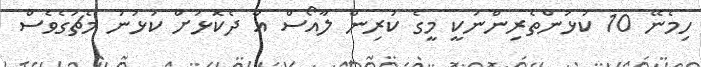
ހިމެނޭ 10 ކުޅުންތެރިންނަކީ މީގެ ކުރިން ލާއޯސް އާ ދެކޮޅަށް ކުޅުނު މެޗުގެވެސް